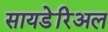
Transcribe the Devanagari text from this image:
सायडेरिअल